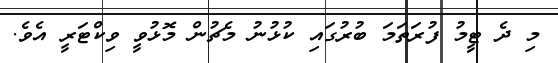
މި ދެ ޓީމު ފުރަތަމަ ބުރުގައި ކުޅުނު މެޗުން މޮޅުވީ ވިކްޓަރީ އެވެ.